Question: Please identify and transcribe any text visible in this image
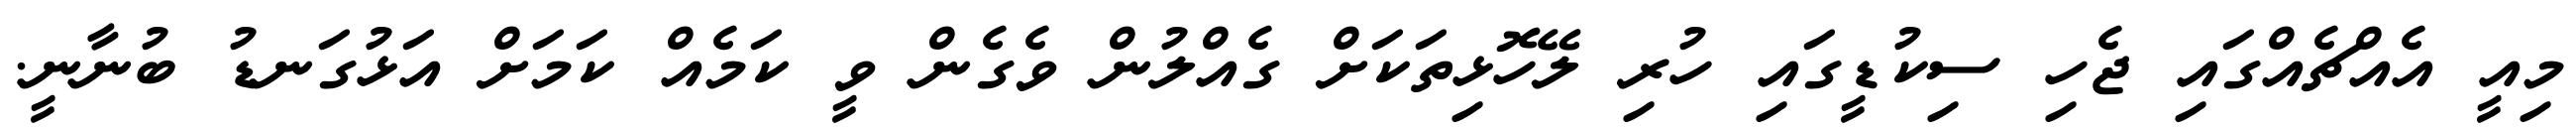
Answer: މިއީ އެއްޗެއްގައި ޖެހި ސިކުޑީގައި ހުރި ލޭހޮޅިތަކަށް ގެއްލުން ވެގެން ވީ ކަމެއް ކަމަށް އަޅުގަނޑު ބުނާނީ.